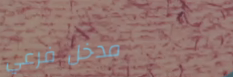
مدخل فرعي